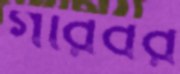
গরিবর